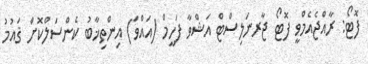
ފޮޓޯ: ރާއްޖެއެމްވީ ފޮޓޯ ޖާރނަލިސްޓް އަޝްވާ ފަހީމް (އައްވަ) އިންތިޚާބު ކެންސަލްކޮށް ޤައުމު